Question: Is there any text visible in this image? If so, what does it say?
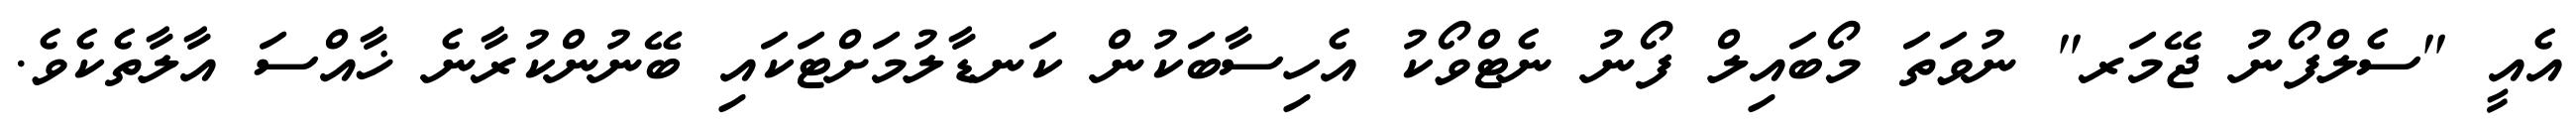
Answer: އެއީ "ސެލްފޯނު ޖޭމަރ" ނުވަތަ މޯބައިލް ފޯނު ނެޓްވޯކު އެހިސާބަކުން ކަނޑާލުމަށްޓަކައި ބޭނުންކުރާނެ ޚާއްސަ އާލާތެކެވެ.